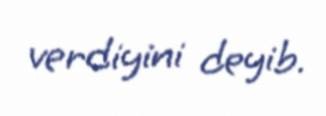
verdiyini deyib.